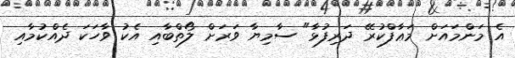
އެ މަންމައަށް މަޢާފްކުރޭ ދަރިފުޅާ" ސާމިޔާ ވަރަށް ލޯތްބާއި އެކު ވާހަކަ ދެއްކުމާއި